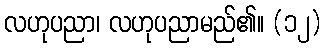
လဟုပညာ၊ လဟုပညာမည်၏။ (၁၂)